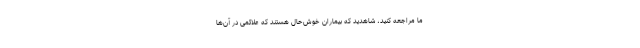
ما مراجعه کنید، شاهدید که بیماران خوش‌حال هستند که علائمی در آن‌ها